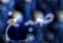
صبغ